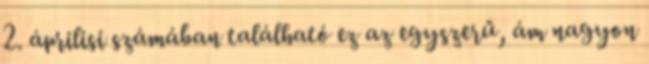
2. áprilisi számában található ez az egyszerű, ám nagyon